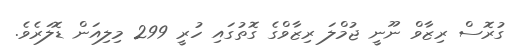
ގުރޮސް ރިޒާވް ނޫނީ ޖުމްލަ ރިޒާވްގެ ގޮތުގައި ހުރީ 299 މިލިއަން ޑޮލަރެވެ.